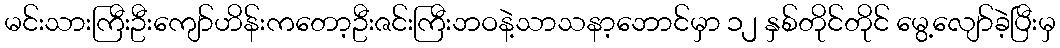
မင်းသားကြီးဦးကျော်ဟိန်းကတော့ဦးဇင်းကြီးဘဝနဲ့သာသနာ့ဘောင်မှာ ၁၂ နှစ်တိုင်တိုင် မွေ့လျော်ခဲ့ပြီးမှ